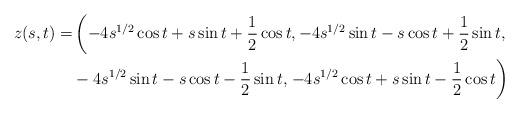
LaTeX: \begin{align*}z(s,t)=&\left(-4s^{1/2}\cos t+s\sin t+\frac 12\cos t,-4s^{1/2}\sin t-s\cos t+\frac 12\sin t,\right.\\&-4s^{1/2}\sin t-s\cos t-\frac 12\sin t,\left.-4s^{1/2}\cos t+s\sin t-\frac 12\cos t\right)\end{align*}